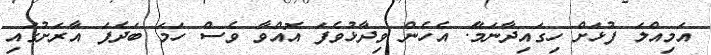
އަމިއްލަ ފުޅަށް ހިގައިދާނަމެޭ. އެހެން ވިދާޅުވެފަ އޮއްވާ ވެސް ހަމަ ބަދެފަ އާރަށުގައި